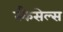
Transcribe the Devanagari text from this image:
स्कैसेल्स